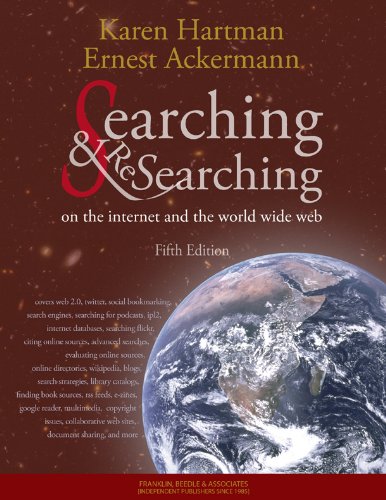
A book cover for Searching and Researching on the Internet and the World Wide Web, 5th Edition; Karen Hartman; Computers & Technology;